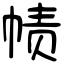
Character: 帻